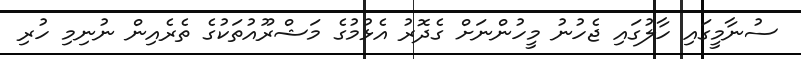
ސުނާމީގައި ހާލުގައި ޖެހުނު މީހުންނަށް ގެދޮރު އެޅުމުގެ މަޝްރޫއުތަކުގެ ތެރެއިން ނުނިމި ހުރި